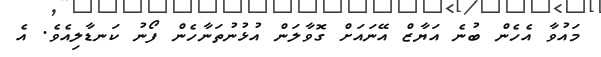
މައުވާ އެހެން ބުނެ އަޔާޒް އޭނައަށް ގޮވާލަން އުޅުނުތަނާހެން ފޯނު ކަނޑާލިއެވެ. އެ